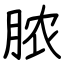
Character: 脓